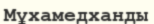
Мұхамедханды